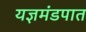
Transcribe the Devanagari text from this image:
यज्ञमंडपात